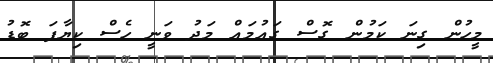
މީހުން ގިނަ ކަމުން ގޮސް ގައުމައް މަދު ވަނީ ހެސް ކިޔާފަ ބޮޑު